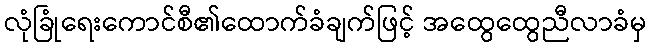
လုံခြုံရေးကောင်စီ၏ထောက်ခံချက်ဖြင့် အထွေထွေညီလာခံမှ